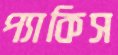
প্যাকিস